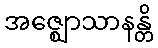
အဇ္ဈောသာနန္တိ